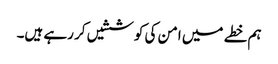
ہم خطے میں امن کی کوششیں کر رہے ہیں۔